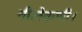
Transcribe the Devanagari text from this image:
नीलेकणी।